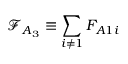
\mathcal { F } _ { A _ { 3 } } \equiv \sum _ { i \neq 1 } F _ { A 1 i }